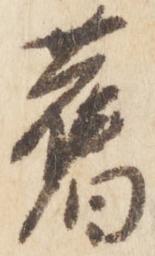
旧